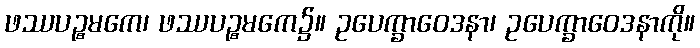
ဖဿပဉ္စမကေ၊ ဖဿပဉ္စမကေ၌။ ဥပေက္ခာဝေဒနာ၊ ဥပေက္ခာဝေဒနာကို။